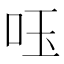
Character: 𠰧